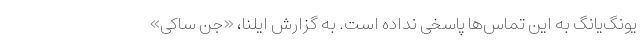
یونگ‌یانگ به این تماس‌ها پاسخی نداده است. به گزارش ایلنا، «جن ساکی»